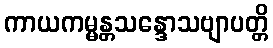
ကာယကမ္မန္တသန္ဒောသဗျာပတ္တိ